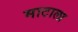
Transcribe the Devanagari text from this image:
माटाला